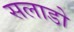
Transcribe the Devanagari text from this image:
सलाडो